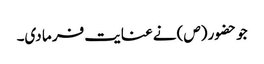
جو حضور (ص) نے عنایت فر ما دی۔